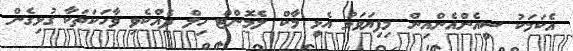
އެކަމަކު ސީއެންއެންއިން މިފިޔަވަޅު އެޅީ މާކް ލެމޮންޓް ހިލް ދެއްކެވި ވާހަކަތަކާ ގުޅިގެން